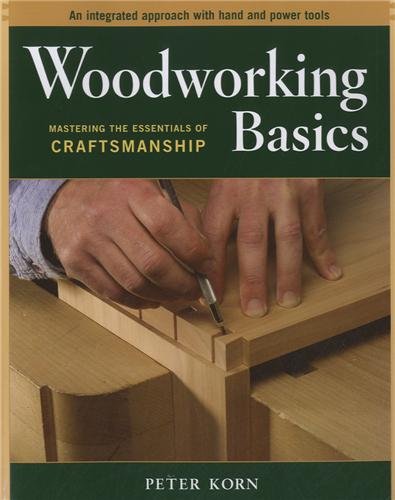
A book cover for Woodworking Basics - Mastering the Essentials of Craftsmanship - An Integrated Approach With Hand and Power tools; Peter Korn; Engineering & Transportation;